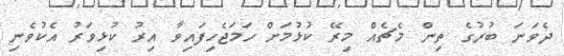
ދެވަނަ ބުރުގެ ތިން މެޗެއް މިރޭ ކުޅުމަށް ހަމަޖެހިފައިވާ އިރު ކުޅިވަރު އެކުވެނި